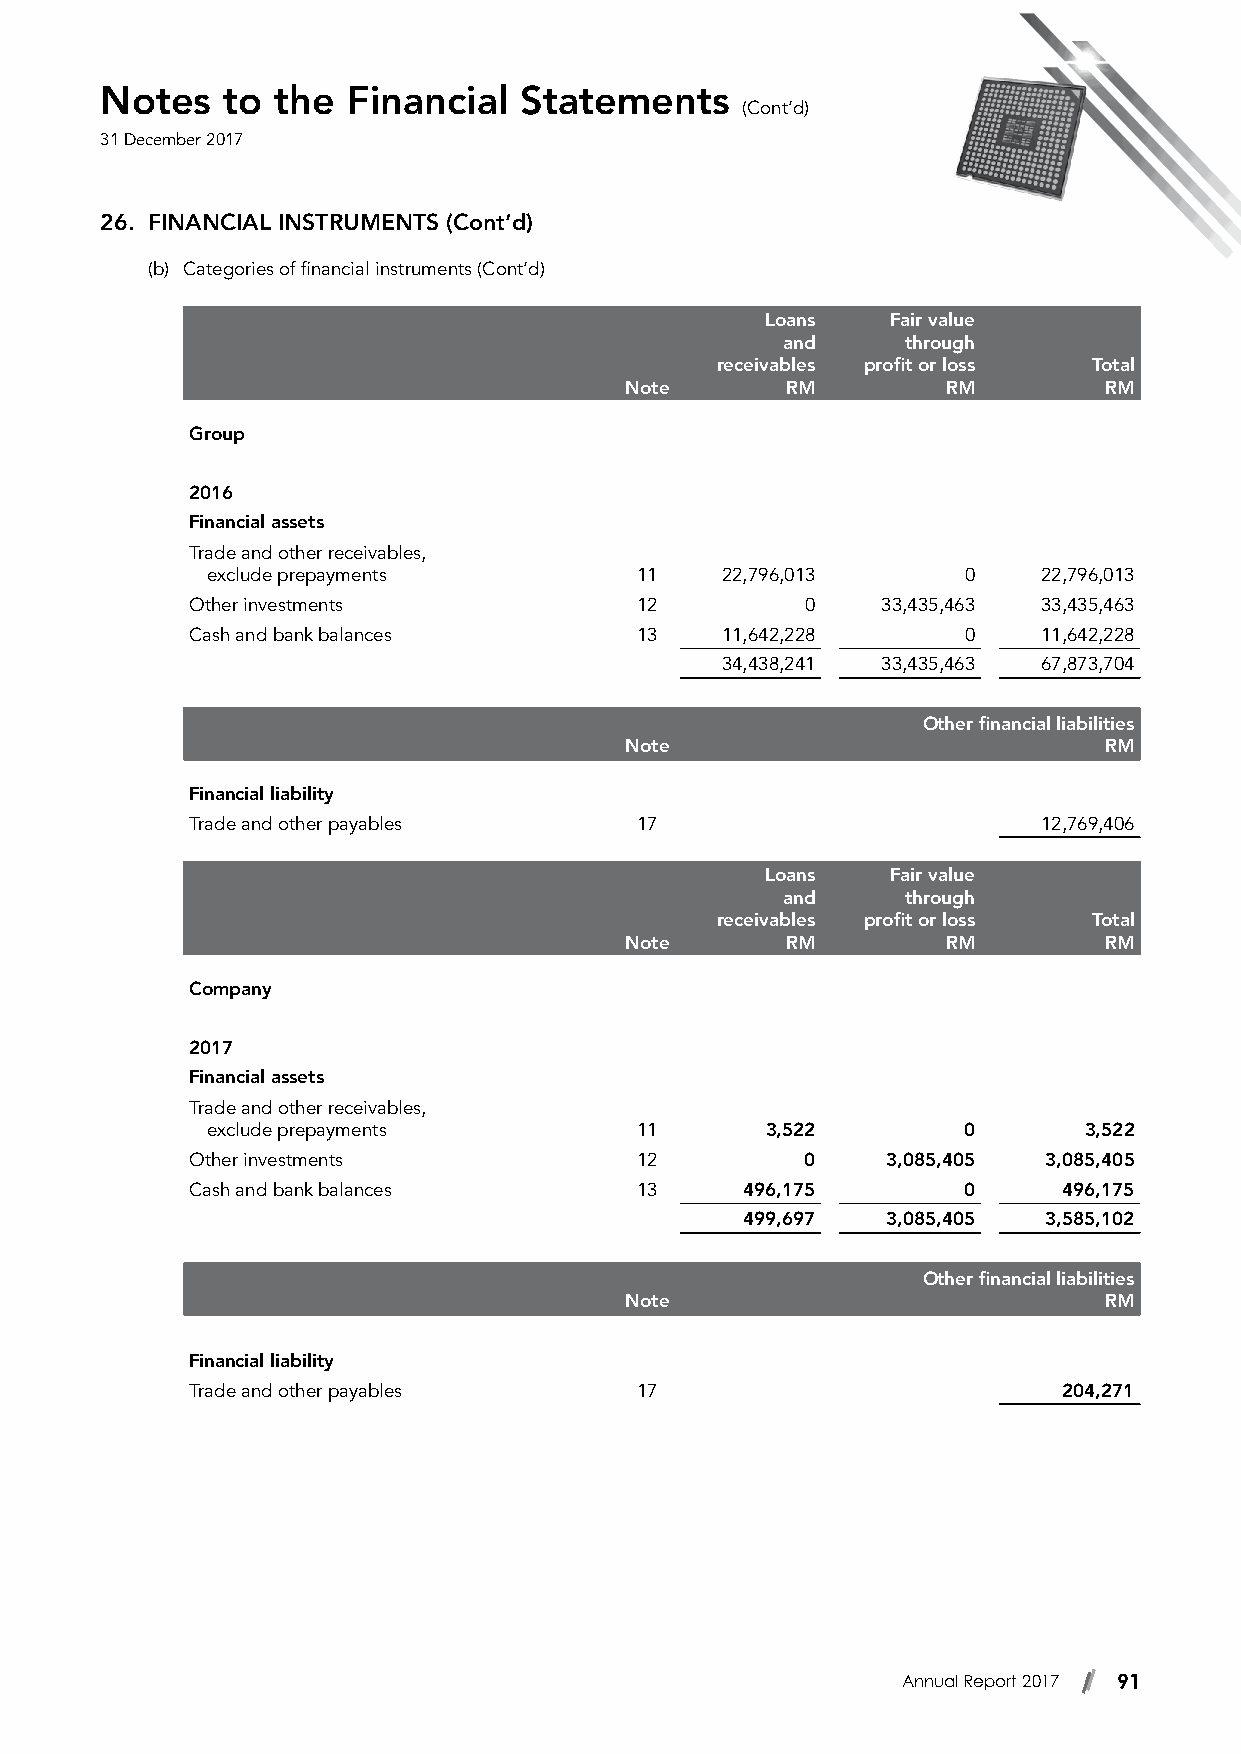
Notes   to the  Financial  Statements
 (Cont’d)
 31 December 2017
 26. FINANCIAL INSTRUMENTS (Cont’d)
 (b) Categories of financial instruments (Cont’d)
 Loans   Fair value
 and     through
 receivables profit or loss Total
 Note       RM         RM        RM
 Group
 2016
 Financial assets
 Trade and other receivables,
 exclude prepayments         11    22,796,013      0    22,796,013
 Other investments            12         0    33,435,463 33,435,463
 Cash and bank balances       13    11,642,228      0    11,642,228
 34,438,241 33,435,463 67,873,704
 Other financial liabilities
 Note                            RM
 Financial liability
 Trade and other payables     17                         12,769,406
 Loans   Fair value
 and     through
 receivables profit or loss Total
 Note       RM         RM        RM
 Company
 2017
 Financial assets
 Trade and other receivables,
 exclude prepayments         11       3,522        0       3,522
 Other investments            12         0     3,085,405 3,085,405
 Cash and bank balances       13     496,175        0     496,175
 499,697   3,085,405 3,585,102
 Other financial liabilities
 Note                            RM
 Financial liability
 Trade and other payables     17                          204,271
 Annual Report 2017 91